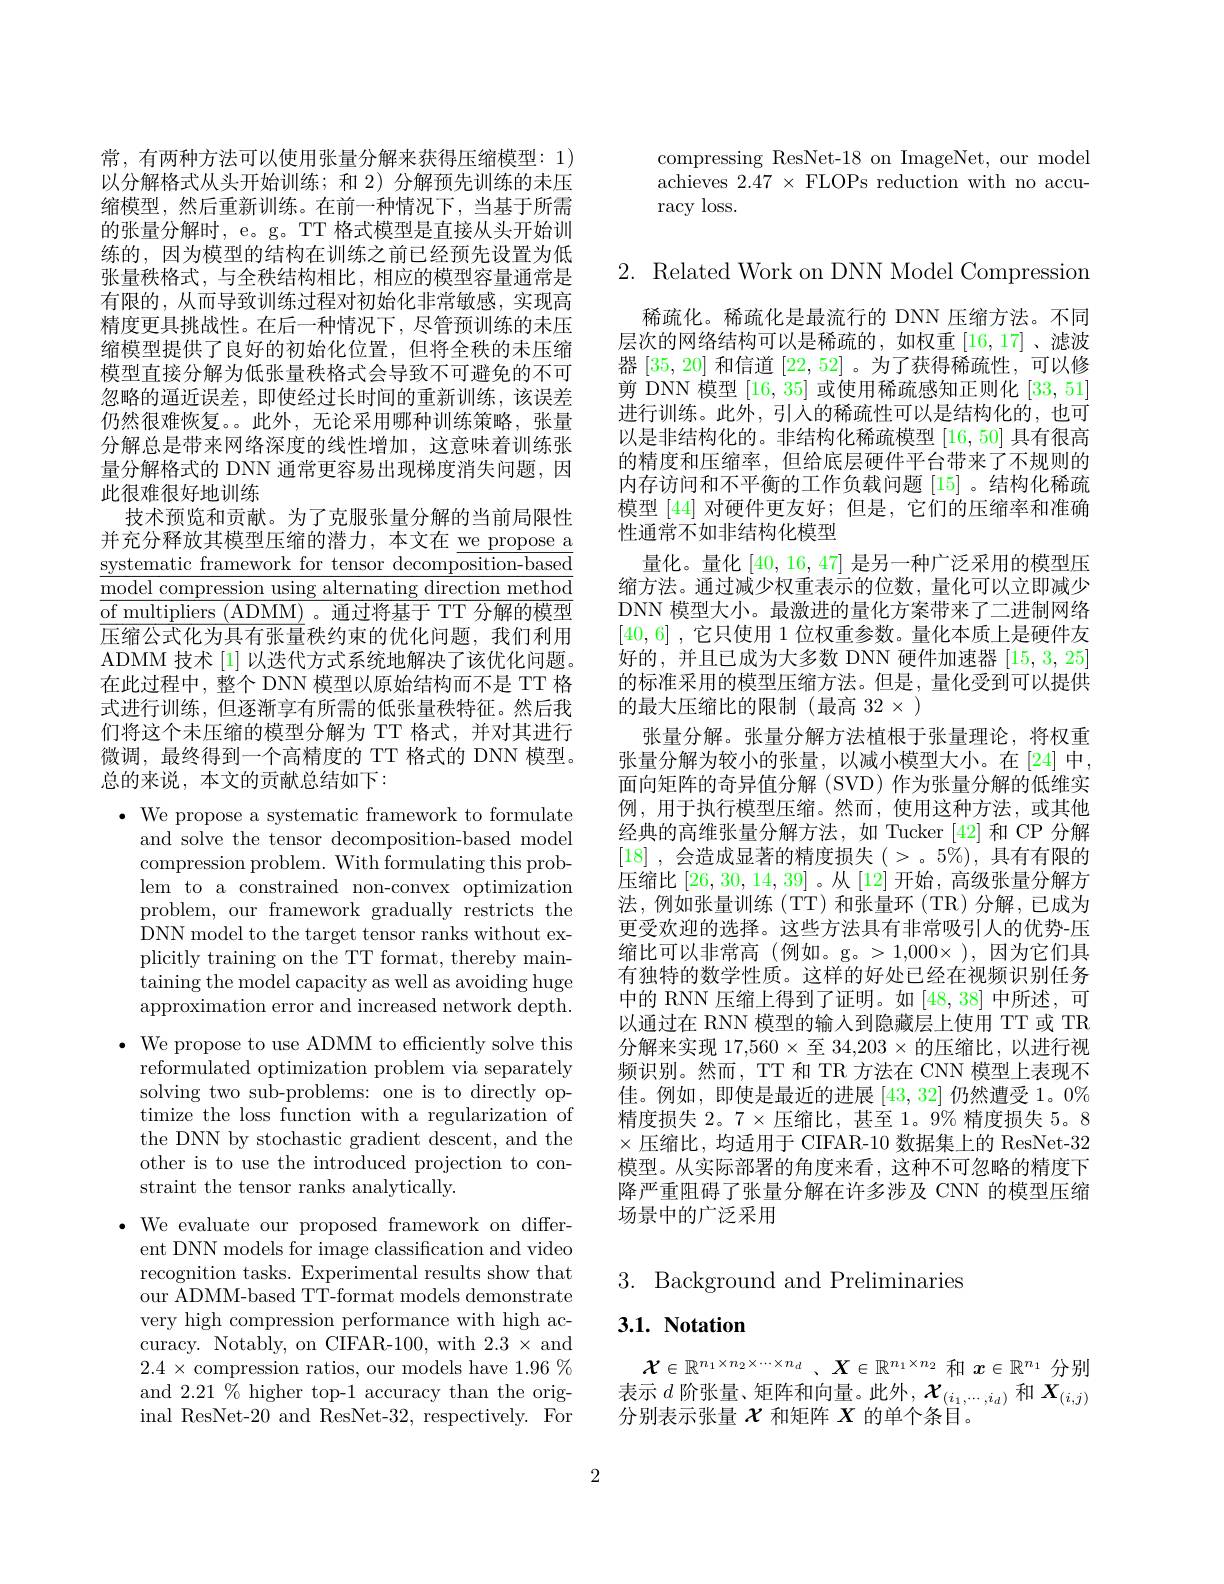
常，有两种方法可以使用张量分解来获得压缩模型：1) 以分解格式从头开始训练；和 2)分解预先训练的未压缩模型，然后重新训练。在前一种情况下，当基于所需的张量分解时，e。g。TT 格式模型是直接从头开始训练的，因为模型的结构在训练之前已经预先设置为低张量秩格式，与全秩结构相比，相应的模型容量通常是有限的，从而导致训练过程对初始化非常敏感，实现高精度更具挑战性。在后一种情况下，尽管预训练的未压缩模型提供了良好的初始化位置，但将全秩的未压缩模型直接分解为低张量秩格式会导致不可避免的不可忽略的逼近误差，即使经过长时间的重新训练，该误差仍然很难恢复。。此外，无论采用哪种训练策略，张量分解总是带来网络深度的线性增加，这意味着训练张量分解格式的 DNN 通常更容易出现梯度消失问题，因此很难很好地训练
技术预览和贡献。为了克服张量分解的当前局限性并充分释放其模型压缩的潜力，本文在 we propose a $\underline{\text{systematic framework for tensor decomposition-based}}$ $\underline{{\overline{{\mathrm{model~compression~using~alternating~direction~method}}}}}$ of multipliers (ADMM)。通过将基于 TT 分解的模型压缩公式化为具有张量秩约束的优化问题，我们利用ADMM 技术[1]以迭代方式系统地解决了该优化问题。在此过程中，整个 DNN 模型以原始结构而不是 TT 格式进行训练，但逐渐享有所需的低张量秩特征。然后我们将这个未压缩的模型分解为 TT 格式，并对其进行微调，最终得到一个高精度的 TT 格式的 DNN 模型。总的来说，本文的贡献总结如下：
$\bullet$ We propose a systematic framework to formulate
and solve the tensor decomposition-based model compression problem. With formulating this problem to a constrained non-convex optimization problem, our framework gradually restricts the DNN model to the target tensor ranks without explicitly training on the TT format, thereby maintaining the model capacity as well as avoiding huge approximation error and increased network depth.
$\bullet$ We propose to use ADMM to efficiently solve this
reformulated optimization problem via separately solving two sub-problems: one is to directly optimize the loss function with a regularization of the DNN by stochastic gradient descent, and the other is to use the introduced projection to constraint the tensor ranks analytically.
$\bullet$ We evaluate our proposed framework on differ-
ent DNN models for image classification and video recognition tasks. Experimental results show that our ADMM-based TT-format models demonstrate very high compression performance with high accuracy. Notably, on CIFAR-100, with 2.3 × and $2.4\times$compression ratios, our models have 1.96 % and $2.21\%$ higher top-1 accuracy than the original ResNet-20 and ResNet-32, respectively. For

compressing ResNet-18 on ImageNet, our model $\bar{\text{achieves }2.47}\times\bar{\text{FLOPs reduction with no accu-}}$ racy loss.

2. Related Work on DNN Model Compression

稀疏化。稀疏化是最流行的 DNN 压缩方法。不同层次的网络结构可以是稀疏的，如权重[16,17]、滤波器[35,20]和信道[22,52] 。为了获得稀疏性，可以修剪 DNN 模型[16,35]或使用稀疏感知正则化[33,51] 进行训练。此外，引入的稀疏性可以是结构化的，也可以是非结构化的。非结构化稀疏模型[16,50]具有很高的精度和压缩率，但给底层硬件平台带来了不规则的内存访问和不平衡的工作负载问题 [15] 。结构化稀疏模型 [44] 对硬件更友好；但是，它们的压缩率和准确性通常不如非结构化模型
量化。量化[40,16,47]是另一种广泛采用的模型压缩方法。通过减少权重表示的位数，量化可以立即减少DNN 模型大小。最激进的量化方案带来了二进制网络[40,6] ,它只使用 1 位权重参数。量化本质上是硬件友好的，并且已成为大多数 DNN 硬件加速器[15,3,25] 的标准采用的模型压缩方法。但是，量化受到可以提供的最大压缩比的限制(最高 32 × )
张量分解。张量分解方法植根于张量理论，将权重张量分解为较小的张量，以减小模型大小。在[24] 中， 面向矩阵的奇异值分解 (SVD) 作为张量分解的低维实例，用于执行模型压缩。然而，使用这种方法，或其他经典的高维张量分解方法，如 Tucker [42]和 CP 分解[18] ,会造成显著的精度损失(>。5%),具有有限的压缩比[26,30,14,39] 。从[12]开始，高级张量分解方法，例如张量训练(TT)和张量环(TR)分解，已成为更受欢迎的选择。这些方法具有非常吸引人的优势-压缩比可以非常高(例如。g。>1,000$\times),因为它们具$ 有独特的数学性质。这样的好处已经在视频识别任务中的 RNN 压缩上得到了证明。如[48,38]中所述，可以通过在 RNN 模型的输入到隐藏层上使用 TT 或 TR 分解来实现 17,560×至 34,203×的压缩比，以进行视频识别。然而，TT 和 TR 方法在 CNN 模型上表现不佳。例如，即使是最近的进展[43,32]仍然遭受 1。$0\%$ 精度损失 2。7× 压缩比，甚至 1。9% 精度损失 5。8 $\times$压缩比，均适用于 CIFAR-10 数据集上的 ResNet-32模型。从实际部署的角度来看，这种不可忽略的精度下降严重阻碍了张量分解在许多涉及 CNN 的模型压缩场景中的广泛采用

## 3. Background and Preliminaries

## $3. 1. \textbf{ Notation}$

$\mathcal{X} \in \mathbb{R} ^{n_1\times n_2\times \cdots \times n_d}$ $、 \boldsymbol{X}\in \mathbb{R} ^{n_1\times n_2}$和$x\in\mathbb{R}^n_1$分别表示$d$阶张量、矩阵和向量。此外$,\boldsymbol{\chi}_(i_1,\cdots,i_d)$和$\boldsymbol{X}_(i,j)$ 分别表示张量$\chi$和矩阵$X$的单个条目。

2